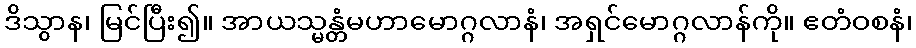
ဒိသွာန၊ မြင်ပြီး၍။ အာယသ္မန္တံမဟာမောဂ္ဂလာနံ၊ အရှင်မောဂ္ဂလာန်ကို။ ဧတံဝစနံ၊